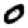
Digit: 0